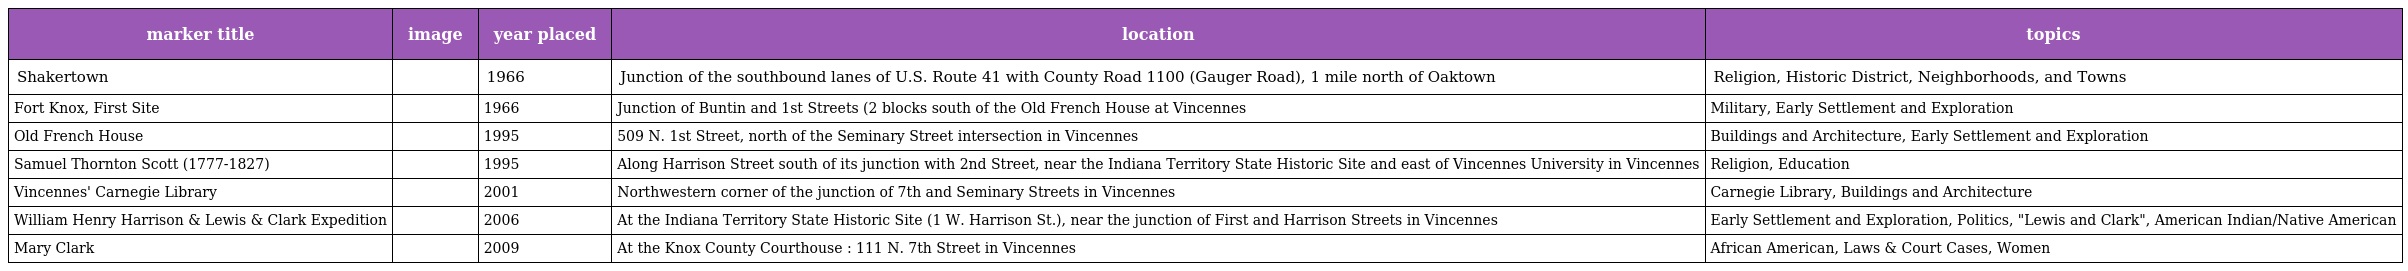
| marker title | image | year placed | location | topics |
 | --- | --- | --- | --- | --- |
 | Shakertown |  | 1966 | Junction of the southbound lanes of U.S. Route 41 with County Road 1100 (Gauger Road), 1 mile north of Oaktown | Religion, Historic District, Neighborhoods, and Towns |
 | Fort Knox, First Site |  | 1966 | Junction of Buntin and 1st Streets (2 blocks south of the Old French House at Vincennes | Military, Early Settlement and Exploration |
 | Old French House |  | 1995 | 509 N. 1st Street, north of the Seminary Street intersection in Vincennes | Buildings and Architecture, Early Settlement and Exploration |
 | Samuel Thornton Scott (1777-1827) |  | 1995 | Along Harrison Street south of its junction with 2nd Street, near the Indiana Territory State Historic Site and east of Vincennes University in Vincennes | Religion, Education |
 | Vincennes' Carnegie Library |  | 2001 | Northwestern corner of the junction of 7th and Seminary Streets in Vincennes | Carnegie Library, Buildings and Architecture |
 | William Henry Harrison & Lewis & Clark Expedition |  | 2006 | At the Indiana Territory State Historic Site (1 W. Harrison St.), near the junction of First and Harrison Streets in Vincennes | Early Settlement and Exploration, Politics, "Lewis and Clark", American Indian/Native American |
 | Mary Clark |  | 2009 | At the Knox County Courthouse : 111 N. 7th Street in Vincennes | African American, Laws & Court Cases, Women |